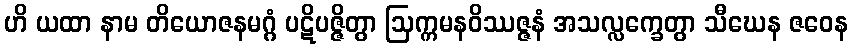
ဟိ ယထာ နာမ တိယောဇနမဂ္ဂံ ပဋိပဇ္ဇိတွာ ဩက္ကမနဝိဿဇ္ဇနံ အသလ္လက္ခေတွာ သီဃေန ဇဝေန